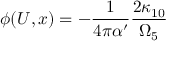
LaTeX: \phi ( U , x ) = - \frac { 1 } { 4 \pi \alpha ^ { \prime } } \frac { 2 \kappa _ { 1 0 } } { \Omega _ { 5 } }